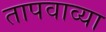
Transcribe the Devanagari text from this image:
तापवाव्या